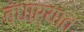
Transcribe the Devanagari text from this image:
बंधाऱ्यात